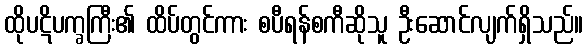
ထိုပဋိပက္ခကြီး၏ ထိပ်တွင်ကား စပီရန်စကီဆိုသူ ဦးဆောင်လျက်ရှိသည်။